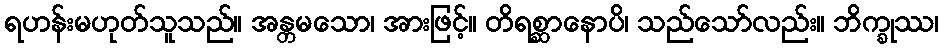
ရဟန်းမဟုတ်သူသည်။ အန္တမသော၊ အားဖြင့်။ တိရစ္ဆာနောပိ၊ သည်သော်လည်း။ ဘိက္ခုဿ၊